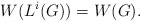
\begin{align*} W(L^i(G))=W(G).\end{align*}